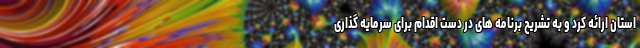
استان ارائه کرد و به تشریح برنامه های در دست اقدام برای سرمایه گذاری